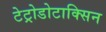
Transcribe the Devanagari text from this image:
टेट्रोडोटाक्सिन